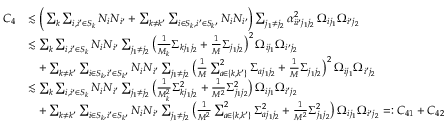
\begin{array} { r l } { C _ { 4 } } & { \lesssim \bigg ( \sum _ { k } \sum _ { i , i ^ { \prime } \in S _ { k } } N _ { i } N _ { i ^ { \prime } } + \sum _ { k \neq k ^ { \prime } } \sum _ { i \in S _ { k } , i ^ { \prime } \in S _ { k ^ { \prime } } } N _ { i } N _ { i ^ { \prime } } \bigg ) \sum _ { j _ { 1 } \neq j _ { 2 } } \alpha _ { i i ^ { \prime } j _ { 1 } j _ { 2 } } ^ { 2 } \, \Omega _ { i j _ { 1 } } \Omega _ { i ^ { \prime } j _ { 2 } } } \\ & { \lesssim \sum _ { k } \sum _ { i , i ^ { \prime } \in S _ { k } } N _ { i } N _ { i ^ { \prime } } \sum _ { j _ { 1 } \neq j _ { 2 } } \big ( \frac { 1 } { M _ { k } } \Sigma _ { k j _ { 1 } j _ { 2 } } + \frac { 1 } { M } \Sigma _ { j _ { 1 } j _ { 2 } } \big ) ^ { 2 } \, \Omega _ { i j _ { 1 } } \Omega _ { i ^ { \prime } j _ { 2 } } } \\ & { \quad + \sum _ { k \neq k ^ { \prime } } \sum _ { i \in S _ { k } , i ^ { \prime } \in S _ { k ^ { \prime } } } N _ { i } N _ { i ^ { \prime } } \sum _ { j _ { 1 } \neq j _ { 2 } } \big ( \frac { 1 } { M } \sum _ { a \in \{ k , k ^ { \prime } \} } ^ { 2 } \Sigma _ { a j _ { 1 } j _ { 2 } } + \frac { 1 } { M } \Sigma _ { j _ { 1 } j _ { 2 } } \big ) ^ { 2 } \, \Omega _ { i j _ { 1 } } \Omega _ { i ^ { \prime } j _ { 2 } } } \\ & { \lesssim \sum _ { k } \sum _ { i , i ^ { \prime } \in S _ { k } } N _ { i } N _ { i ^ { \prime } } \sum _ { j _ { 1 } \neq j _ { 2 } } \big ( \frac { 1 } { M _ { k } ^ { 2 } } \Sigma _ { k j _ { 1 } j _ { 2 } } ^ { 2 } + \frac { 1 } { M ^ { 2 } } \Sigma _ { j _ { 1 } j _ { 2 } } ^ { 2 } \big ) \, \Omega _ { i j _ { 1 } } \Omega _ { i ^ { \prime } j _ { 2 } } } \\ & { \quad + \sum _ { k \neq k ^ { \prime } } \sum _ { i \in S _ { k } , i ^ { \prime } \in S _ { k ^ { \prime } } } N _ { i } N _ { i ^ { \prime } } \sum _ { j _ { 1 } \neq j _ { 2 } } \big ( \frac { 1 } { M ^ { 2 } } \sum _ { a \in \{ k , k ^ { \prime } \} } ^ { 2 } \Sigma _ { a j _ { 1 } j _ { 2 } } ^ { 2 } + \frac { 1 } { M ^ { 2 } } \Sigma _ { j _ { 1 } j _ { 2 } } ^ { 2 } \big ) \, \Omega _ { i j _ { 1 } } \Omega _ { i ^ { \prime } j _ { 2 } } = : C _ { 4 1 } + C _ { 4 2 } } \end{array}